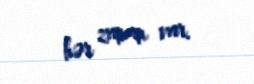
hər zaman var.